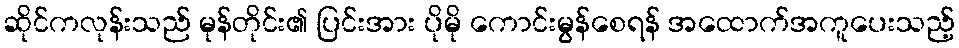
ဆိုင်ကလုန်းသည် မုန်တိုင်း၏ ပြင်းအား ပိုမို ကောင်းမွန်စေရန် အထောက်အကူပေးသည့်